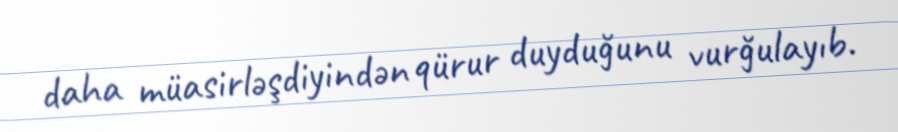
daha müasirləşdiyindən qürur duyduğunu vurğulayıb.